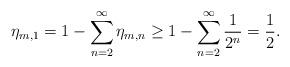
LaTeX: \begin{align*} \eta_{m,1} = 1 - \sum_{n=2}^\infty \eta_{m,n} \geq 1- \sum_{n=2}^\infty \frac{1}{2^n} = \frac{1}{2}. \end{align*}